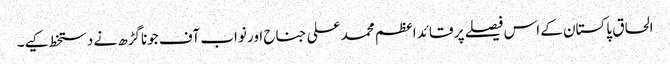
الحاق پاکستان کے اس فیصلے پر قائد اعظم محمد علی جناح اور نواب آف جوناگڑھ نے دستخط کیے۔